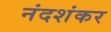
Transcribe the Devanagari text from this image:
नंदशंकर